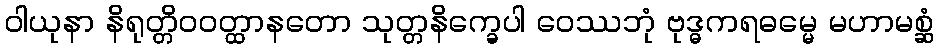
ဝါယုနာ နိရုတ္တိဝဝတ္ထာနတော သုတ္တနိက္ခေပါ ဝေဿဘုံ ဗုဒ္ဓကရဓမ္မေ မဟာမစ္ဆံ